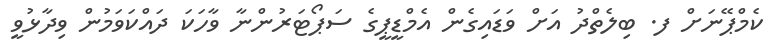
ކެމްޕޭނަށް ފ. ބިލެތްދު އަށް ވަޑައިގެން އެމްޑީޕީގެ ސަޕޯޓަރުންނާ ވާހަކަ ދައްކަވަމުން ވިދާޅުވީ